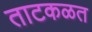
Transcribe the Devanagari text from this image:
ताटकळत